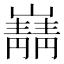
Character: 𫶠